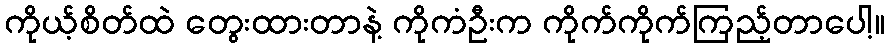
ကိုယ့်စိတ်ထဲ တွေးထားတာနဲ့ ကိုကံဦးက ကိုက်ကိုက်ကြည့်တာပေါ့။